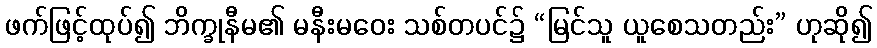
ဖက်ဖြင့်ထုပ်၍ ဘိက္ခုနီမ၏ မနီးမဝေး သစ်တပင်၌ “မြင်သူ ယူစေသတည်း” ဟုဆို၍